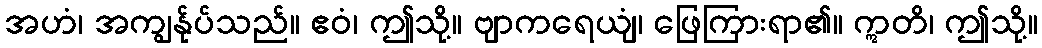
အဟံ၊ အကျွန်ုပ်သည်။ ဧဝံ၊ ဤသို့။ ဗျာကရေယျံ၊ ဖြေကြားရာ၏။ ဣတိ၊ ဤသို့။